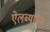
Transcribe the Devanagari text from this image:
ऐलब्यूमिन